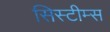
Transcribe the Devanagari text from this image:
सिस्टीम्स